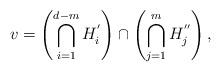
LaTeX: \begin{align*}v=\left(\bigcap_{i=1}^{d-m}H_i^{'}\right)\cap\left(\bigcap_{j=1}^m H_j^{''}\right),\end{align*}